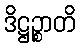
ဒိဋ္ဌဉ္စာတိ